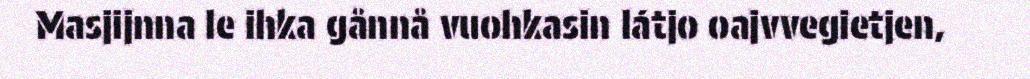
Masjijnna le ihka gånnå vuohkasin látjo oajvvegietjen,